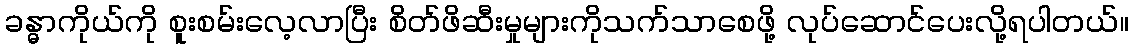
ခန္ဓာကိုယ်ကို စူးစမ်းလေ့လာပြီး စိတ်ဖိဆီးမှုများကိုသက်သာစေဖို့ လုပ်ဆောင်ပေးလို့ရပါတယ်။